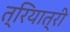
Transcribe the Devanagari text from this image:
त्रियात्री